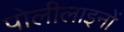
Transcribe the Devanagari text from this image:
पोलीलाइनों